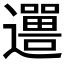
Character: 𬩨